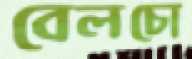
বেলচো